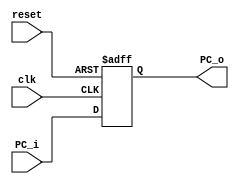

/* ---------------- Program counter ----------------- */
// the program counter is an ordinary 32-bit register.
// program counter input indicate the adrees of the next instruction to be excuted.
// program counter output points the current instruction to be excuted.
/* MIPS initialize PC to 0xBFC00000 and then the operating system loads
   an application program at 0x00400000and begins excuting them */
// for simplicity we will reset the PC to 0x00000000 and place the program there.

module pc (PC_i,PC_o,clk,reset);
  input clk,     // system clock
        reset;   // reset input to initialize the program counter
  input [31:0] PC_i;  // 32-bit address indicates the next instruction to be excuted
  
  output [31:0] PC_o;  // 32-bit address points to the current instruction to be excuted. (it will be the input for the instruction memory)
  
  reg [31:0] PC_o; 
  
  always@ (posedge clk or negedge reset)
  begin
    if (!reset)    // active low reset to initialize the program counter
         PC_o <= 32'h00000000;
         
    else
        PC_o <= PC_i; /* at the rising edge of the clock signal 
                        the addres of the next instruction is assigned to the output of the program counter */
  end
  
endmodule